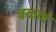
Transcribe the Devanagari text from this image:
बळावे